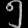
Digit: ၅